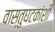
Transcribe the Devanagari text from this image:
वास्तुघटकांशी